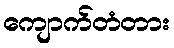
ကျောက်တံတား